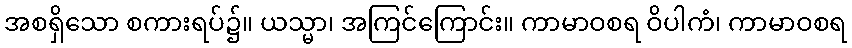
အစရှိသော စကားရပ်၌။ ယသ္မာ၊ အကြင်ကြောင်း။ ကာမာဝစရ ဝိပါကံ၊ ကာမာဝစရ